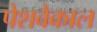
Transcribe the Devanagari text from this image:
पेशवेकाल